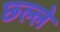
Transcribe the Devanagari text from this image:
छ्ल्ले